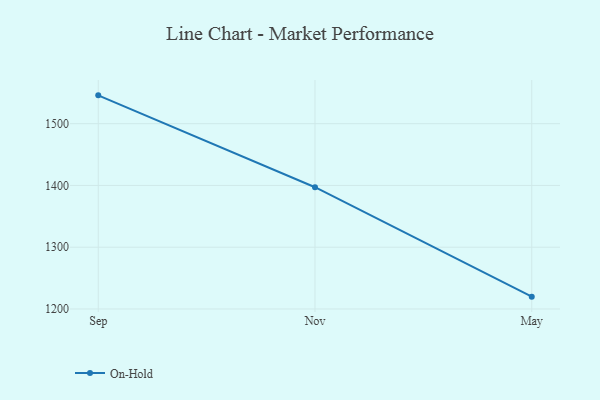
{"axis": {"x": "Month", "y": "Revenue (USD Million)"}, "legend": ["On-Hold"], "data": [{"x": "Sep", "y": 1545.8, "type": "On-Hold"}, {"x": "Nov", "y": 1397.1, "type": "On-Hold"}, {"x": "May", "y": 1220.0, "type": "On-Hold"}]}